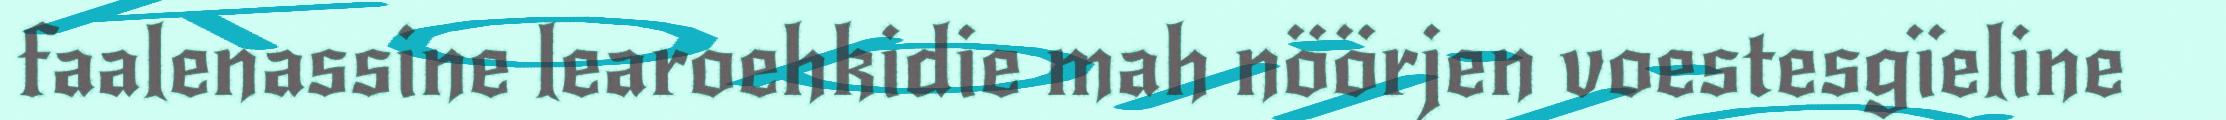
faalenassine learoehkidie mah nöörjen voestesgïeline